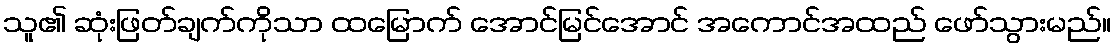
သူ၏ ဆုံးဖြတ်ချက်ကိုသာ ထမြောက် အောင်မြင်အောင် အကောင်အထည် ဖော်သွားမည်။